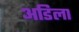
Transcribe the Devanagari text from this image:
अडिला